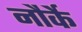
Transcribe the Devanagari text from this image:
नौर्के